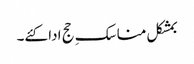
بمشکل مناسکِ حج ادا کئے۔